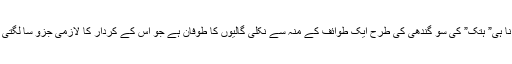
اور نا ہی” ہتک” کی سو گندھی کی طرح ایک طوائف کے منہ سے نکلی گالیوں کا طوفان ہے جو اس کے کردار کا لازمی جزو سا لگتی ہیں۔